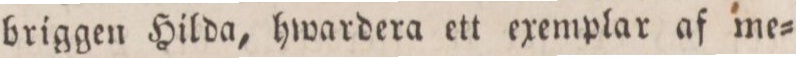
briggen Hilda, hwardera ett exemplar af me=